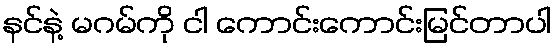
နင်နဲ့ မဂမ်ကို ငါ ကောင်းကောင်းမြင်တာပါ